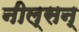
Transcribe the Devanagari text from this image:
नील्सन्